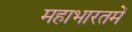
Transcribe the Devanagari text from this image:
महाभारतमें